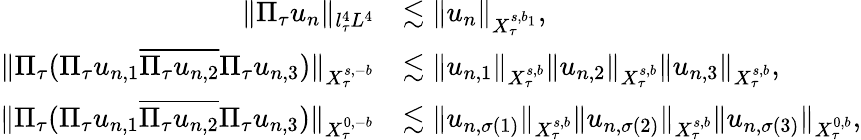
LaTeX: \begin{array}{rl}{\Vert\Pi_{\tau}u_{n}\Vert_{l_{\tau}^{4}L^{4}}}&{\lesssim\Vert u_{n}\Vert_{X_{\tau}^{s,b_{1}}},}\\ {\Vert\Pi_{\tau}(\Pi_{\tau}u_{n,1}\overline{{\Pi_{\tau}u_{n,2}}}\Pi_{\tau}u_{n,3})\Vert_{X_{\tau}^{s,-b}}}&{\lesssim\Vert u_{n,1}\Vert_{X_{\tau}^{s,b}}\Vert u_{n,2}\Vert_{X_{\tau}^{s,b}}\Vert u_{n,3}\Vert_{X_{\tau}^{s,b}},}\\ {\Vert\Pi_{\tau}(\Pi_{\tau}u_{n,1}\overline{{\Pi_{\tau}u_{n,2}}}\Pi_{\tau}u_{n,3})\Vert_{X_{\tau}^{0,-b}}}&{\lesssim\Vert u_{n,\sigma(1)}\Vert_{X_{\tau}^{s,b}}\Vert u_{n,\sigma(2)}\Vert_{X_{\tau}^{s,b}}\Vert u_{n,\sigma(3)}\Vert_{X_{\tau}^{0,b}},}\end{array}